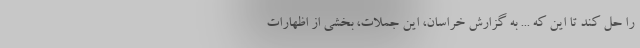
را حل کند تا این که ... به گزارش خراسان، این جملات، بخشی از اظهارات